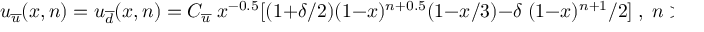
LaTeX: u _ { \overline { { { u } } } } ( x , n ) = u _ { \overline { { { d } } } } ( x , n ) = C _ { \overline { { { u } } } } \; x ^ { - 0 . 5 } [ ( 1 + \delta / 2 ) ( 1 - x ) ^ { n + 0 . 5 } ( 1 - x / 3 ) - \delta \; ( 1 - x ) ^ { n + 1 } / 2 ] \; , \; n > 1 \ ,